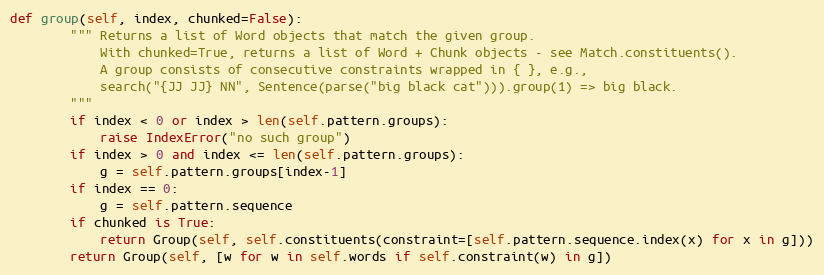
Language: Python
def group(self, index, chunked=False):
        """ Returns a list of Word objects that match the given group.
            With chunked=True, returns a list of Word + Chunk objects - see Match.constituents().
            A group consists of consecutive constraints wrapped in { }, e.g.,
            search("{JJ JJ} NN", Sentence(parse("big black cat"))).group(1) => big black.
        """
        if index < 0 or index > len(self.pattern.groups):
            raise IndexError("no such group")
        if index > 0 and index <= len(self.pattern.groups):
            g = self.pattern.groups[index-1]
        if index == 0:
            g = self.pattern.sequence
        if chunked is True:
            return Group(self, self.constituents(constraint=[self.pattern.sequence.index(x) for x in g]))
        return Group(self, [w for w in self.words if self.constraint(w) in g])